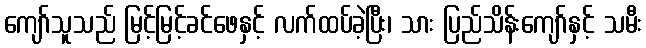
ကျော်သူသည် မြင့်မြင့်ခင်ဖေနှင့် လက်ထပ်ခဲ့ပြီး၊ သား ပြည်သိန်းကျော်နှင့် သမီး